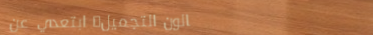
صالون التجميل: ابتعدي عن